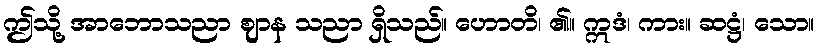
ဤသို့ အာဘောသညာ ဈာန သညာ ရှိသည်။ ဟောတိ၊ ၏။ ဣဒံ၊ ကား။ ဆဋ္ဌံ၊ သော။